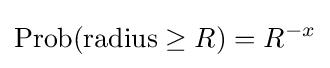
{\hbox{Prob(radius}}\geq R)=R^{-x}